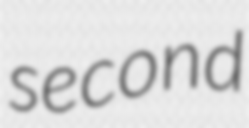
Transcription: second